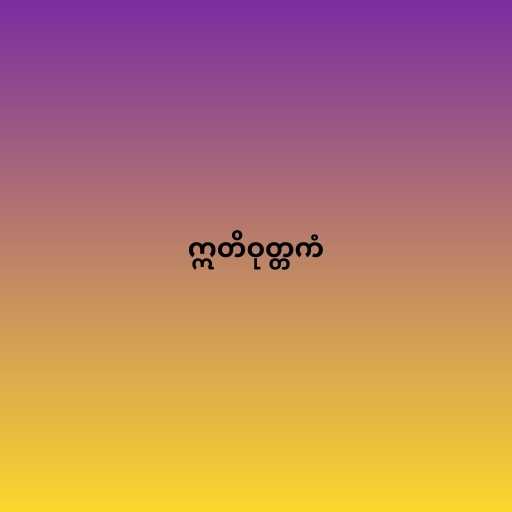
ဣတိဝုတ္တကံ